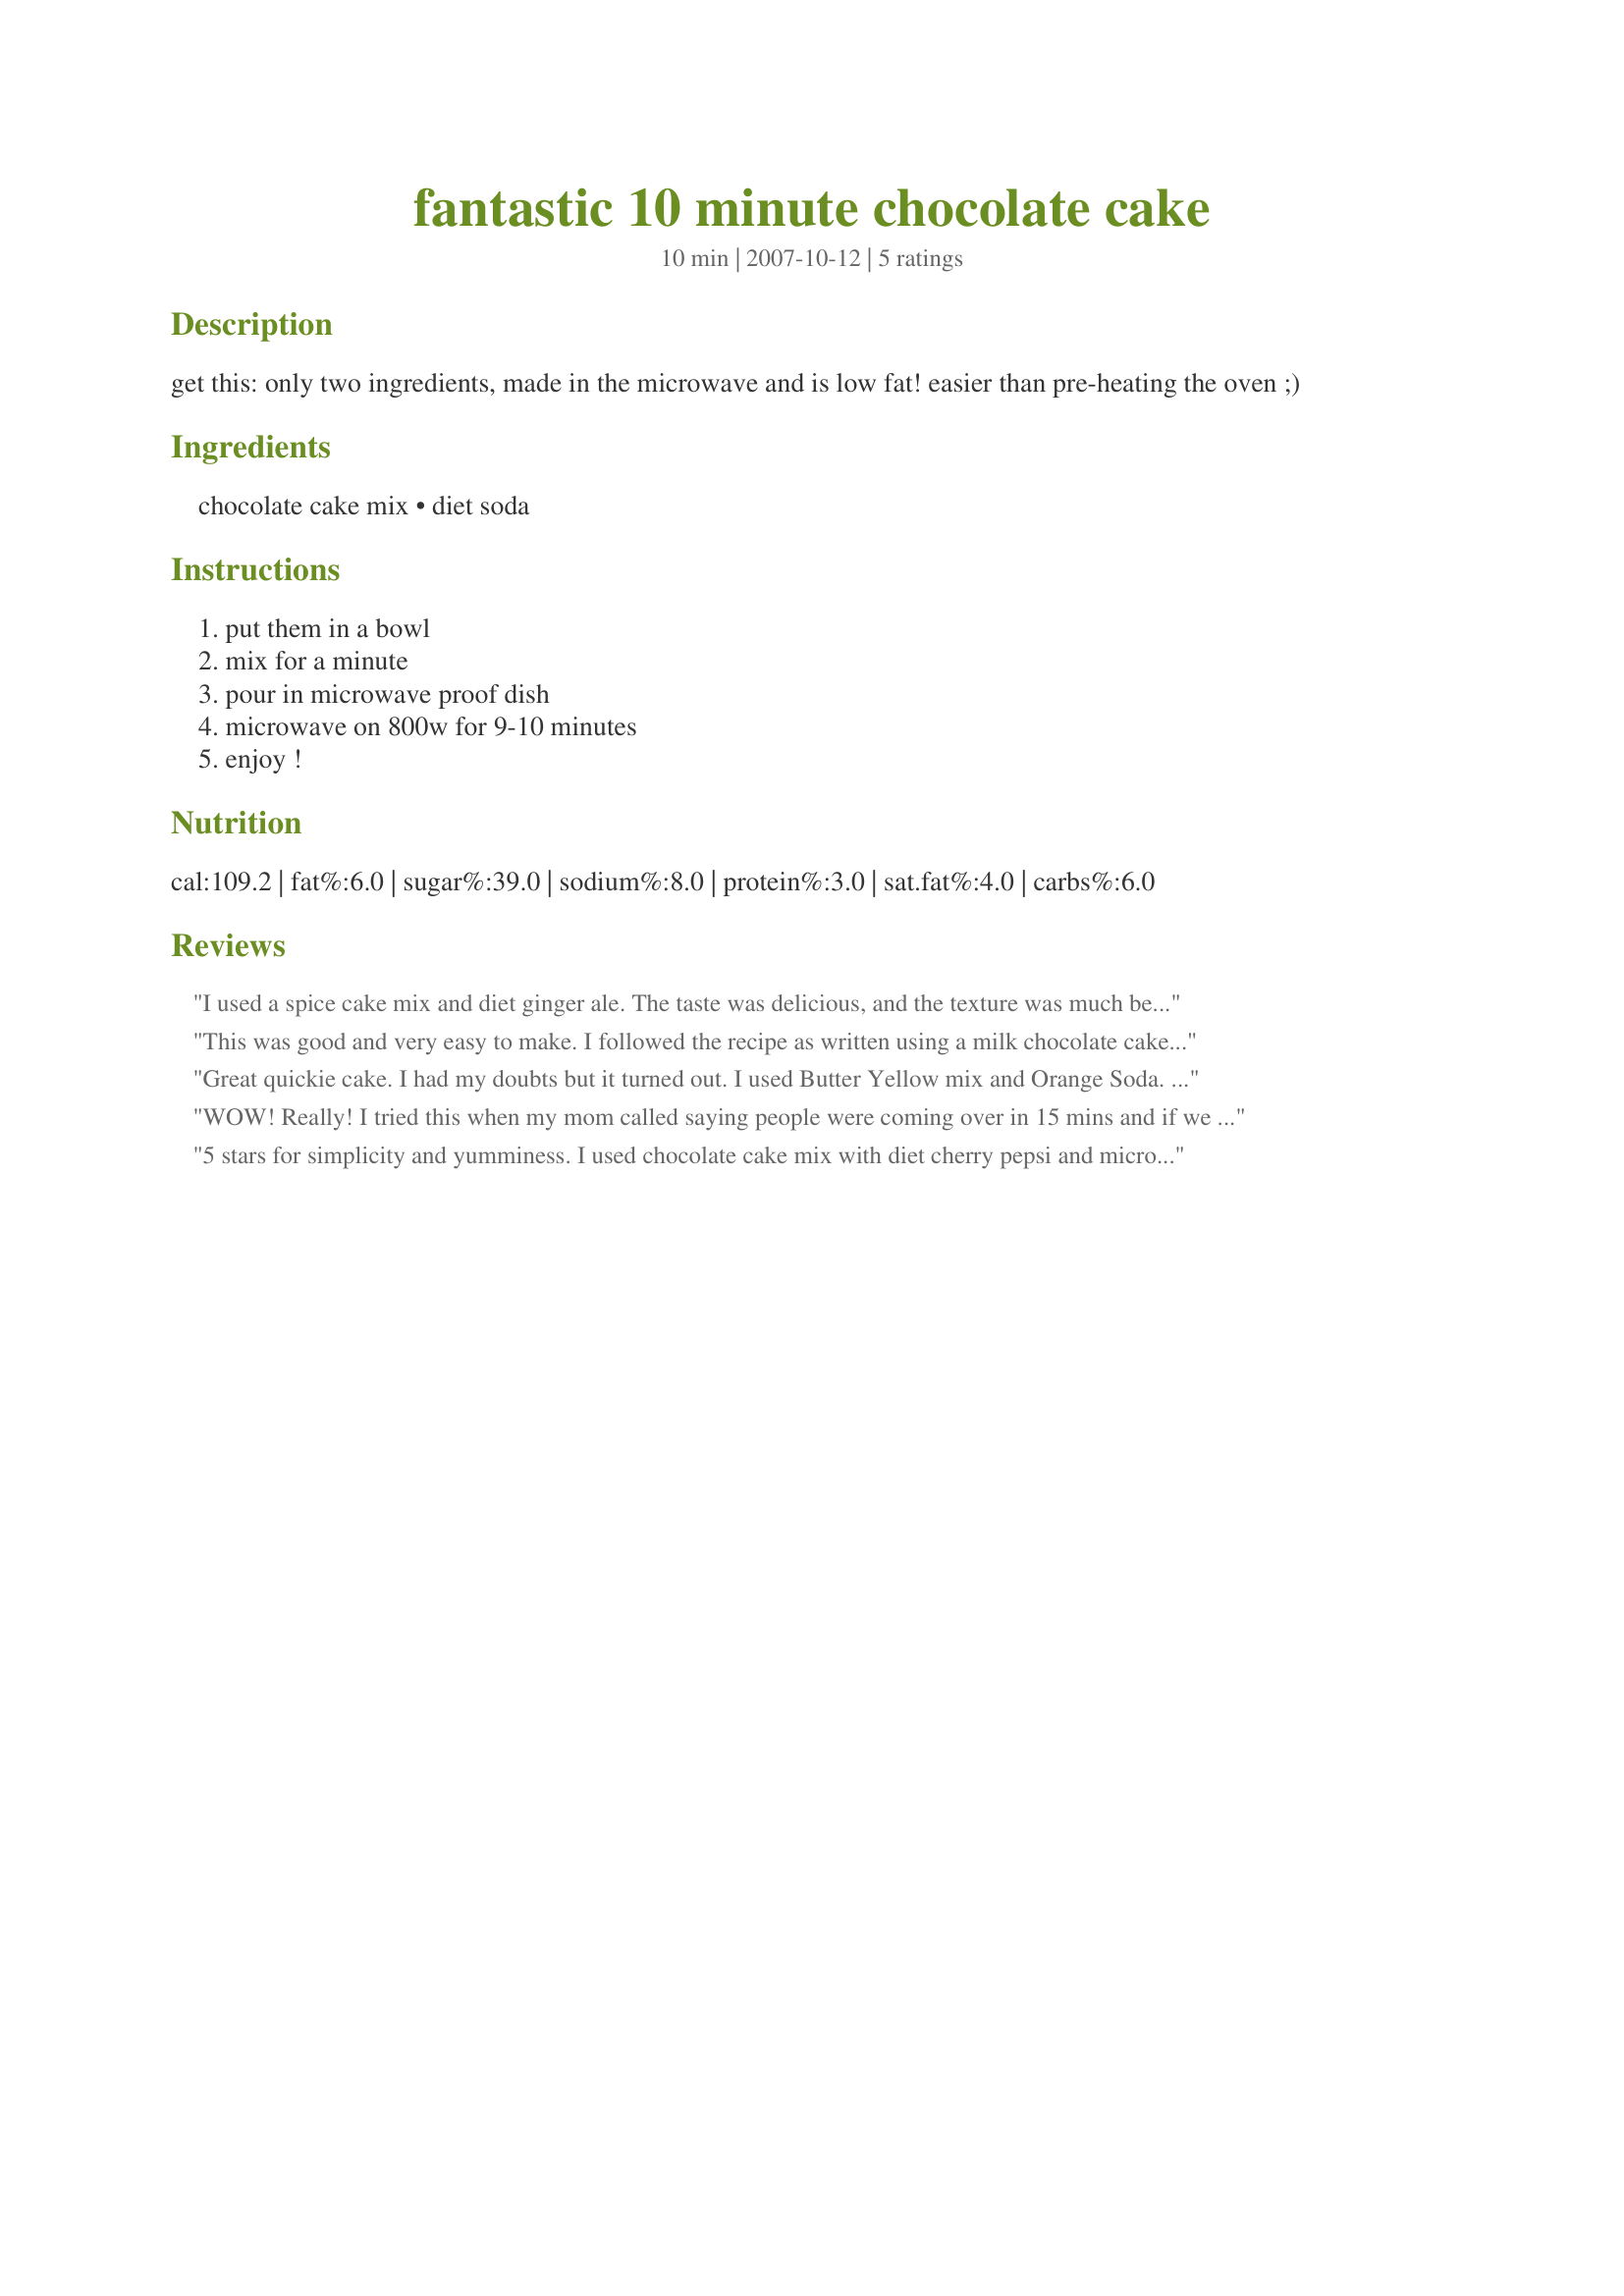
fantastic 10 minute chocolate cake
Preparation time: 10 minutes

get this: only two ingredients, made in the microwave and is low fat!
easier than pre-heating the oven ;)

Ingredients:
chocolate cake mix, diet soda

Steps:
put them in a bowl, mix for a minute, pour in microwave proof dish, microwave on 800w for 9-10 minutes, enjoy !

Reviews:
I used a spice cake mix and diet ginger ale. The taste was delicious, and the texture was much better than I expected. After a day or two, the cake seemed to shrink, and pull away from the pan on all sides. Texture didn't stay great for long either. This is a great, fast cake to whip up, but it needs to be eaten within a day or so for the best texture and flavor. Thanks for posting a great time saver for a dessert in a pinch!
This was good and very easy to make. I followed the recipe as written using a milk chocolate cake and diet pepsi. Mine cooked in 8 minutes on high in my microwave.
Great quickie cake. I had my doubts but it turned out. I used Butter Yellow mix and Orange Soda. When put in a 9x13 it turns out 10 pieces that are 4 points each.(WW)
Quick and low-cal.
WOW! Really! I tried this when my mom called saying people were coming over in 15 mins and if we had anything the kids would like. After I promised her I'd sort it I came onto zaar and looked for a 10 minute cake (quite skeptical that I'd actually find anything!) This one seemed so easy so I figured I'd try it. Glad I did!! The mom and her kids raved about it and I had to take the cake dish away from the 8 yr old after he had eaten half of it so he wouldn't get a sugar overdose!! Def. will be making this again!
5 stars for simplicity and yumminess. I used chocolate cake mix with diet cherry pepsi and microwaved for 9 minutes. Next time I'll only cook for 8 minutes because I really liked how gooey it was in the bottom center and want more of that. Just wish I had some ice cream to go with it :)
